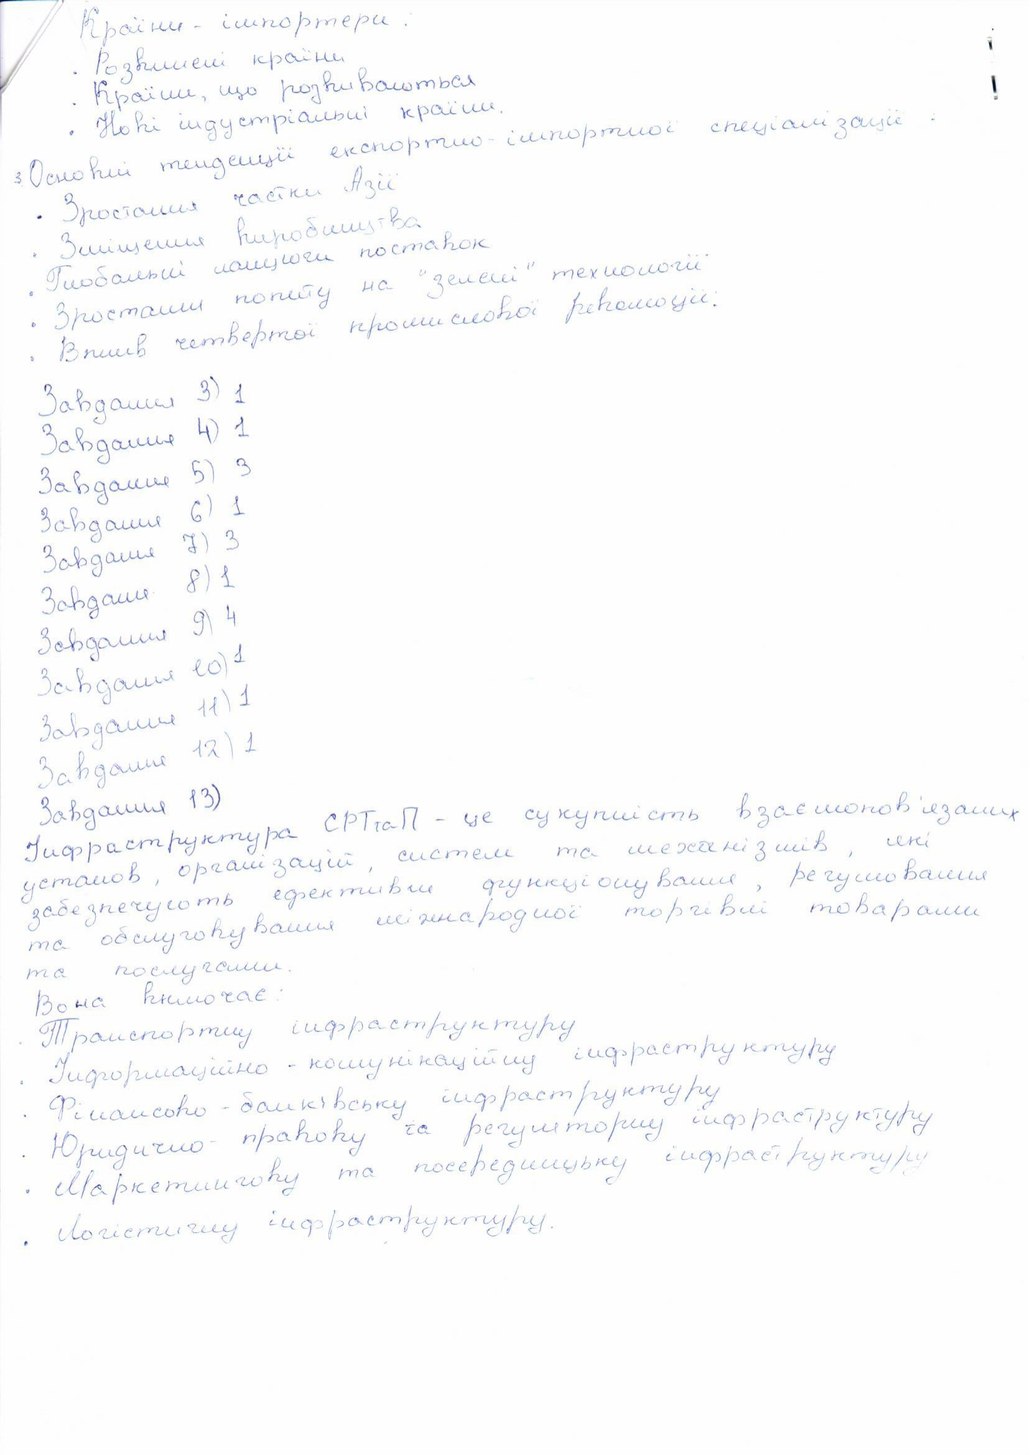
Країни - імпортери:
·Розвинені країни
• Країни що ризвиваються
• Нові індустріальні країни
• Основні тенденції експортно-імпортної спеціалізації
· Зростання частки Азії
• Зміщення виробництва
· Глобальні ланцюги поставок
• Зростання попиту на "зелені" технології
• Вплив четвертої промислової революції
Завдання 3) 1
Завдання 4) 1
Завдання 5) 3
Завдання 6) 1
Завдання 7) 3
Завдання 8) 1
Завдання 9) 4
Завдання 10) 1
Завдання 11) 1
Завдання 12) 1
Завдання 13)
Інфраструктура СРТтаП - це сукупність взаємопов'язаних
установ, організацій, систем та механізмів, які
забезпечують ефективне функціонування, регулювання
та обслуговування міжнароднодної торгівлі товарами
та послугами.
Вона вимогає:
·Транспортну інфраструктуру
· Інформаційно-комунікаційну інфроструктуру
· Фінансово-банківську інфроструктуру
· Юридично-правову та регуляторну інфраструктуру
· Маркетингову та посередницьку інфроструктуру
· Логістичну інфроструктуру